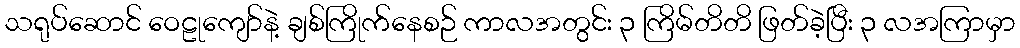
သရုပ်ဆောင် ဝေဠုကျော်နဲ့ ချစ်ကြိုက်နေစဉ် ကာလအတွင်း ၃ ကြိမ်တိတိ ဖြတ်ခဲ့ပြီး ၃ လအကြာမှာ